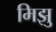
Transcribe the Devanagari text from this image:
मिझु